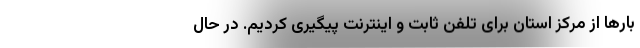
بارها از مرکز استان برای تلفن ثابت و اینترنت پیگیری کردیم. در حال